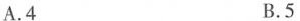
A.4 B.5